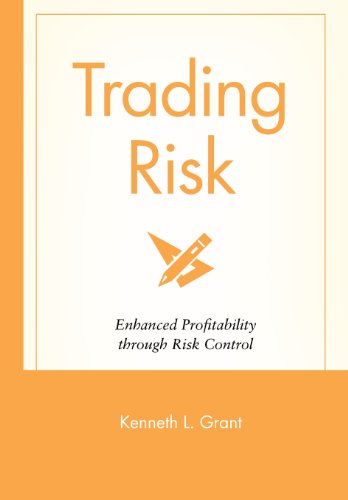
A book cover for Trading Risk: Enhanced Profitability through Risk Control; Kenneth L. Grant; Business & Money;